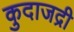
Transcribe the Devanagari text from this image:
कुदाजद्री